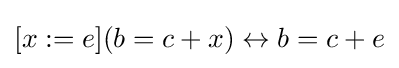
[x:=e](b=c+x)\leftrightarrow b=c+e\,\!